Indian journal of veterinary science and animal husbandry - Volume 8,
Year: 1938
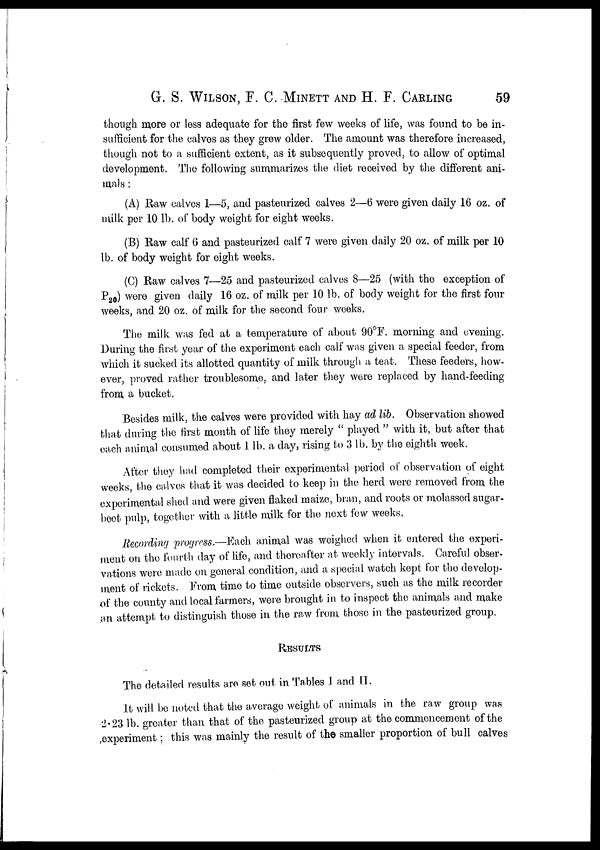
G. S. WILSON, F. C. MINETT AND H. F. CARLING 59
though more or less adequate for the first few weeks of life, was found to be in-
sufficient for the calves as they grew older. The amount was therefore increased,
though not to a sufficient extent, as it subsequently proved, to allow of optimal
development. The following summarizes the diet received by the different ani-
mals :
(A) Raw calves 1—5, and pasteurized calves 2—6 were given daily 16 oz. of
milk per 10 lb. of body weight for eight weeks.
(B) Raw calf 6 and pasteurized calf 7 were given daily 20 oz. of milk per 10
lb. of body weight for eight weeks.
(C) Raw calves 7—25 and pasteurized calves 8—25 (with the exception of
P 20 ) were given daily 16 oz. of milk per 10 lb. of body weight for the first four
weeks, and 20 oz. of milk for the second four weeks.
The milk was fed at a temperature of about 90°F. morning and evening.
During the first year of the experiment each calf was given a special feeder, from
which it sucked its allotted quantity of milk through a teat. These feeders, how-
ever, proved rather troublesome, and later they were replaced by hand-feeding
from a bucket,
Besides milk, the calves were provided with hay ad lib. Observation showed
that during the first month of life they merely " played " with it, but after that
each animal consumed about 1 lb. a day, rising to 3 lb. by the eighth week.
After they had completed their experimental period of observation of eight
weeks, the calves that it was decided to keep in the herd were removed from the
experimental shed and were given flaked maize, bran, and roots or molassed sugar¬
boot pulp, together with a little milk for the next few weeks.
Recording progress.—Each animal was weighed when it entered the experi-
ment on the fourth day of life, and thereafter at weekly intervals. Careful obser-
vations were made on general condition, and a special watch kept for the develop-
ment of rickets. From time to time outside observers, such as the milk recorder
of the county and local farmers, were brought in to inspect the animals and make
an attempt to distinguish those in the raw from those in the pasteurized group.
RESULTS
The detailed results are set out in Tables I and II.
It will be noted that the average weight of animals in the raw group was
2.23 lb. greater than that of the pasteurized group at the commencement of the
experiment ; this was mainly the result of the smaller proportion of bull calves